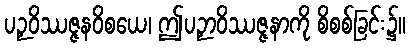
ပဉှဝိဿဇ္ဇနဝိစယေ၊ ဤပဉှာဝိဿဇ္ဇနာကို စိစစ်ခြင်း၌။